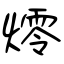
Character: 燯